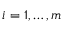
i = 1 , \ldots , m